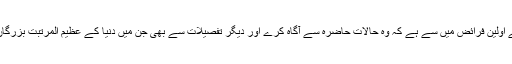
یہ امہ تاجیہ کے اولین فرائض میں سے ہے کہ وہ حالات حاضرہ سے آگاہ کرے اور دیگر تفصیلات سے بھی جن میں دنیا کے عظیم المرتبت بزرگان دین شامل ہیں۔